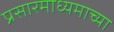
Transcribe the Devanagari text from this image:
प्रसारमाध्‍यमाच्‍या